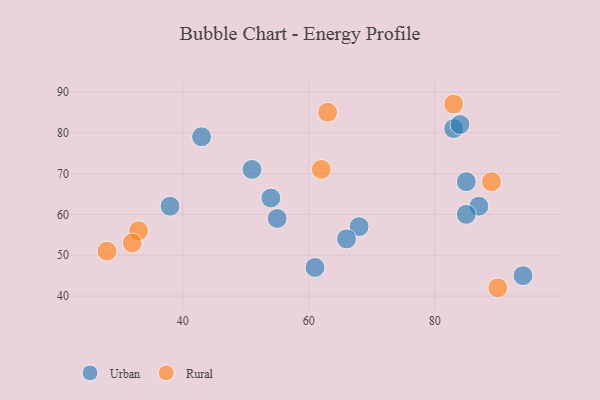
{"axis": {"x": "GDP", "y": "Life Expectancy"}, "legend": ["Rural", "Urban"], "data": [{"x": "51", "y": 71, "type": "Urban"}, {"x": "54", "y": 64, "type": "Urban"}, {"x": "55", "y": 59, "type": "Urban"}, {"x": "83", "y": 81, "type": "Urban"}, {"x": "68", "y": 57, "type": "Urban"}, {"x": "38", "y": 62, "type": "Urban"}, {"x": "61", "y": 47, "type": "Urban"}, {"x": "87", "y": 62, "type": "Urban"}, {"x": "94", "y": 45, "type": "Urban"}, {"x": "43", "y": 79, "type": "Urban"}, {"x": "85", "y": 60, "type": "Urban"}, {"x": "84", "y": 82, "type": "Urban"}, {"x": "85", "y": 68, "type": "Urban"}, {"x": "66", "y": 54, "type": "Urban"}, {"x": "63", "y": 85, "type": "Rural"}, {"x": "90", "y": 42, "type": "Rural"}, {"x": "62", "y": 71, "type": "Rural"}, {"x": "28", "y": 51, "type": "Rural"}, {"x": "33", "y": 56, "type": "Rural"}, {"x": "89", "y": 68, "type": "Rural"}, {"x": "32", "y": 53, "type": "Rural"}, {"x": "83", "y": 87, "type": "Rural"}]}